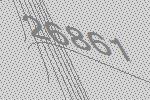
26861